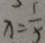
x = \frac { 1 } { 5 }